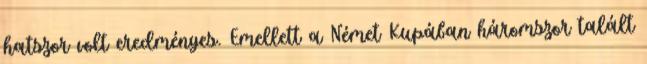
hatszor volt eredményes. Emellett a Német Kupában háromszor talált